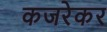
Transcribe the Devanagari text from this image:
कजरेकर